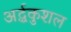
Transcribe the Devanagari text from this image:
अर्द्धकुशल